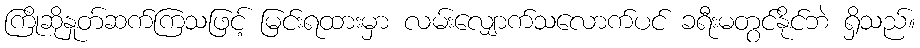
ကြိုဆိုနှုတ်ဆက်ကြသဖြင့် မြင်းရထားမှာ လမ်းလျှောက်သလောက်ပင် ခရီးမတွင်နိုင်ဘဲ ရှိသည်။